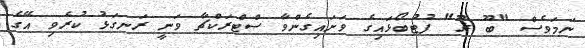
ނަމަވެސް "ބޫ ޜޫ" ފުޓުބޯޅައިގެ ވަށައިގެންވާ ސްޓްރަކްޗާ ވަނީ ރަނގަޅު ކުރެވި އޭގެ